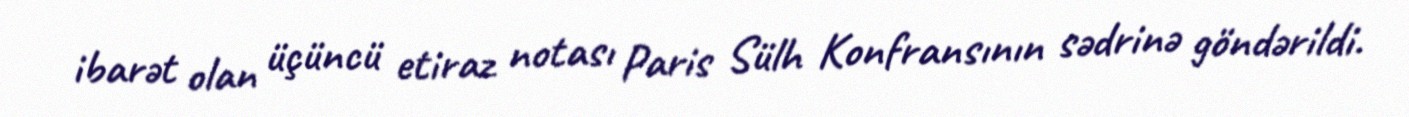
ibarət olan üçüncü etiraz notası Paris Sülh Konfransının sədrinə göndərildi.